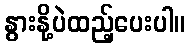
နွားနို့ပဲထည့်ပေးပါ။